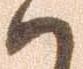
ハ